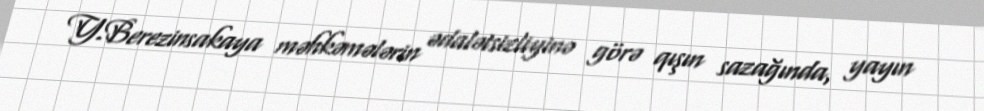
Y.Berezinsakaya məhkəmələrin ədalətsizliyinə görə qışın sazağında, yayın